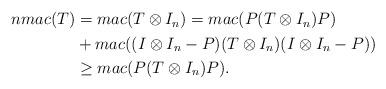
LaTeX: \begin{align*}\begin{aligned}nmac(T) &= mac(T \otimes I_n) = mac(P(T \otimes I_n)P) \\&+ mac((I \otimes I_n - P)(T \otimes I_n)(I \otimes I_n-P)) \\&\ge mac(P(T \otimes I_n)P).\end{aligned}\end{align*}